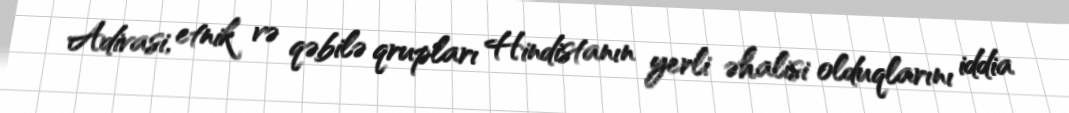
Adivasi, etnik və qəbilə qrupları Hindistanın yerli əhalisi olduqlarını iddia